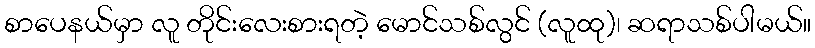
စာပေနယ်မှာ လူ တိုင်းလေးစားရတဲ့ မောင်သစ်လွင် (လူထု)၊ ဆရာသစ်ပါမယ်။